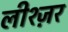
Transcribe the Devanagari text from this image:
लीश्ज़र